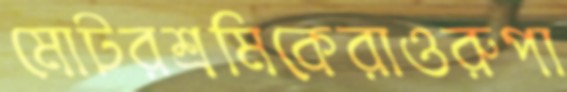
মোটরশ্রমিকেরাওরুপা